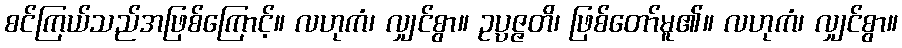
စင်ကြယ်သည်အဖြစ်ကြောင့်။ လဟုကံ၊ လျှင်စွာ။ ဥပ္ပဇ္ဇတိ၊ ဖြစ်တော်မူ၏။ လဟုကံ၊ လျှင်စွာ။